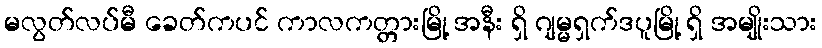
မလွတ်လပ်မီ ခေတ်ကပင် ကာလကတ္တားမြို့ အနီး ရှိ ဂျမ္မရှက်ဒပူမြို့ ရှိ အမျိုးသား